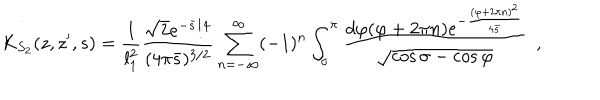
LaTeX: K _ { S _ { 2 } } ( z , z ^ { \prime } , s ) = { \frac { 1 } { l _ { 1 } ^ { 2 } } } { \frac { \sqrt { 2 } e ^ { - { \bar { s } / 4 } } } { ( 4 \pi \bar { s } ) ^ { 3 / 2 } } } \sum _ { n = - \infty } ^ { \infty } ( - 1 ) ^ { n } \int _ { \sigma } ^ { \pi } { \frac { d \varphi ( \varphi + 2 \pi n ) e ^ { - { \frac { ( \varphi + 2 \pi n ) ^ { 2 } } { 4 \bar { s } } } } } { \sqrt { \cos \sigma - \cos \varphi } } } ~ ~ ,